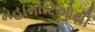
મહામારિઓથી